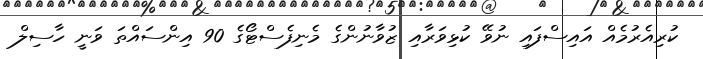
ކުރިއެރުމެއް އައިސްފައި ނުވޭ ކުޅިވަރާއި ޒުވާނުންގެ މެނިފެސްޓޯގެ 90 އިންސައްތަ ވަނީ ހާސިލް